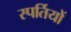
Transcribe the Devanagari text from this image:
स्पर्तियों